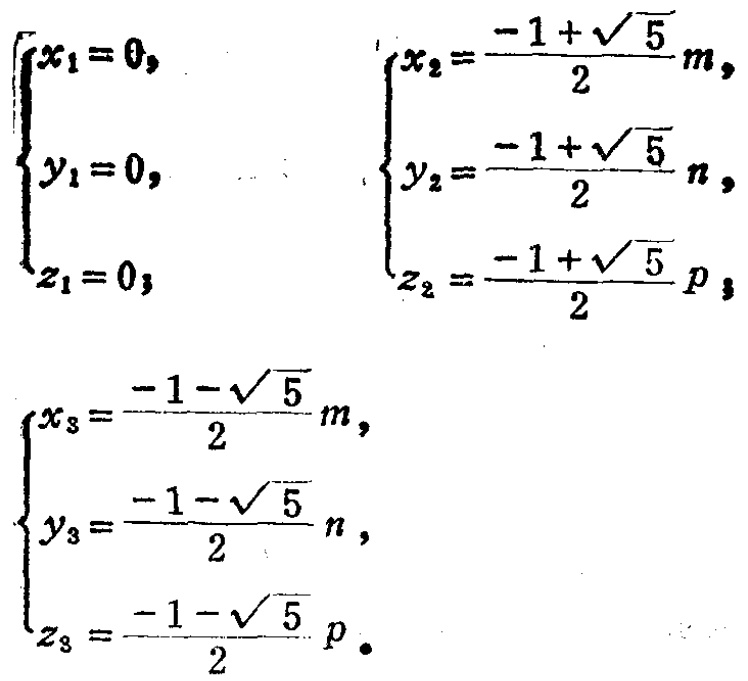
\[

\begin{cases}

x_1 = 0, \\

y_1 = 0, \\

z_1 = 0;

\end{cases}

\quad

\begin{cases}

x_2=\frac{-1 + \sqrt{5}}{2}m, \\

y_2=\frac{-1 + \sqrt{5}}{2}n, \\

z_2=\frac{-1 + \sqrt{5}}{2}p;

\end{cases}

\quad

\begin{cases}

x_3=\frac{-1 - \sqrt{5}}{2}m, \\

y_3=\frac{-1 - \sqrt{5}}{2}n, \\

z_3=\frac{-1 - \sqrt{5}}{2}p.

\end{cases}

\]